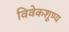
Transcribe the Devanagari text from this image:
विवेकशूण्य